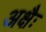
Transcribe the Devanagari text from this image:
अक्षैः